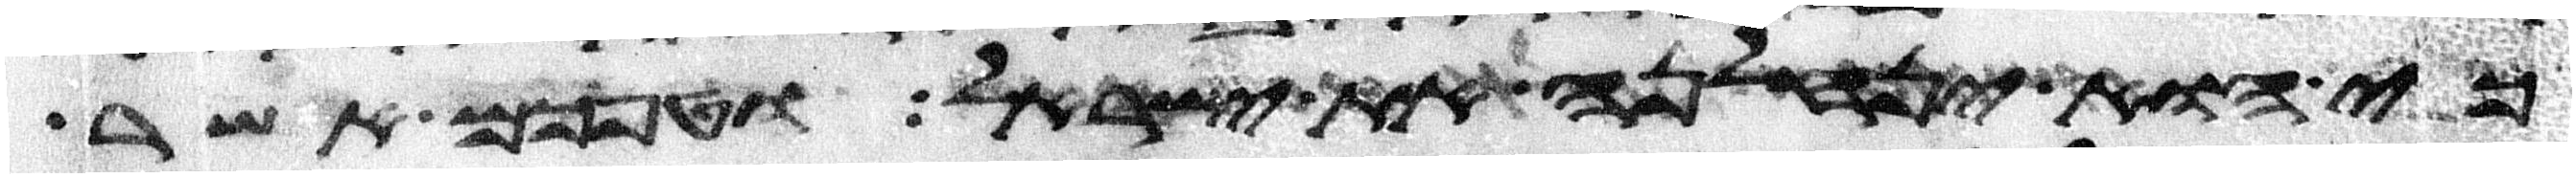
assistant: כי הוא ינחלנה את ישראל וטפכם אשר